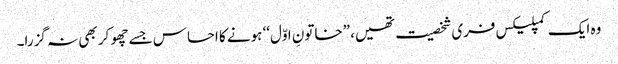
وہ ایک کمپلیکس فری شخصیت تھیں، ”خاتونِ اوّل‘‘ ہونے کا احساس جسے چھو کر بھی نہ گزرا۔